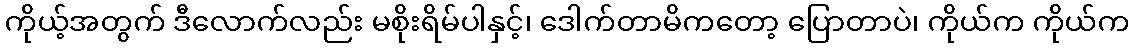
ကိုယ့်အတွက် ဒီလောက်လည်း မစိုးရိမ်ပါနှင့်၊ ဒေါက်တာမိကတော့ ပြောတာပဲ၊ ကိုယ်က ကိုယ်က